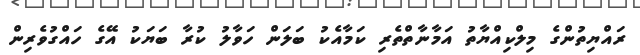
ރައްޔިތުންގެ މިލްކިއްޔާތު އަމާނާތްތެރި ކަމާއެކު ބަލަން ހަވާލު ކުރާ ބަޔަކު އޭގެ ހައްގުވެރިން